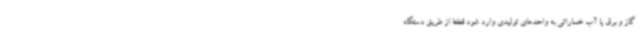
گاز و برق یا آب خساراتی به واحدهای تولیدی وارد شود قطعا از طریق دستگاه